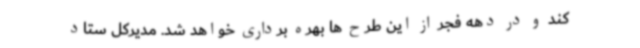
کند و در دهه فجر از این طرح ها بهره برداری خواهد شد. مدیرکل ستاد